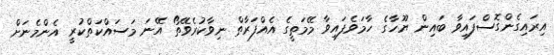
އިރައިގެންގޮސްފައިވާ ބައިން ޔޫހާގެ ހާމަވެފައިވާ މޭމަތީގެ އެއްފަރާތް ނިވާކުރެވޭތޯ އޭނަ މަސައްކަތްކުރީ އެންމެނަށް